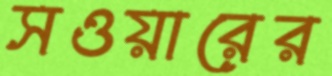
সওয়ারের